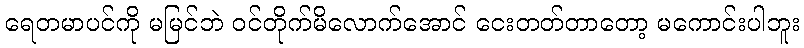
ရေတမာပင်ကို မမြင်ဘဲ ဝင်တိုက်မိလောက်အောင် ငေးတတ်တာတော့ မကောင်းပါဘူး